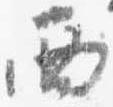
西